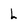
Character: L